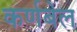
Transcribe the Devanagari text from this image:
कर्णबेल